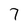
Character: 7